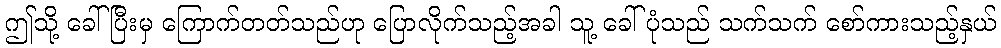
ဤသို့ ခေါ်ပြီးမှ ကြောက်တတ်သည်ဟု ပြောလိုက်သည့်အခါ သူ့ ခေါ်ပုံသည် သက်သက် စော်ကားသည့်နှယ်